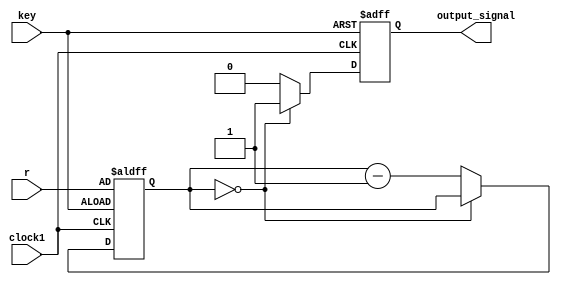
module delayCount (r, key, clock1 ,output_signal);
	input [11:0]r;
	input key;
	input clock1;
	output reg output_signal;
	
	reg [11:0] counter;
	
	always@(posedge clock1, posedge key) 
	begin
		if (key) 
		begin
			counter[11:0] <= r[11:0];
			output_signal <= 1'b0;
		end
		
		//only when counter is zero, output signal is one
		else 
		begin
			if (counter == 12'b000000000000)
			begin
				output_signal <= 1'b1;
			end
		//else the counter keeps decrementing and signal continues to be 0
			else 
			begin
				counter <= counter - 1'b1;
				output_signal <= 1'b0;
			end
		end
	end
	
	initial
	begin
		output_signal = 1'b0;
	end
	
	
	endmodule